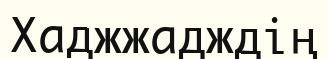
Хаджжадждің